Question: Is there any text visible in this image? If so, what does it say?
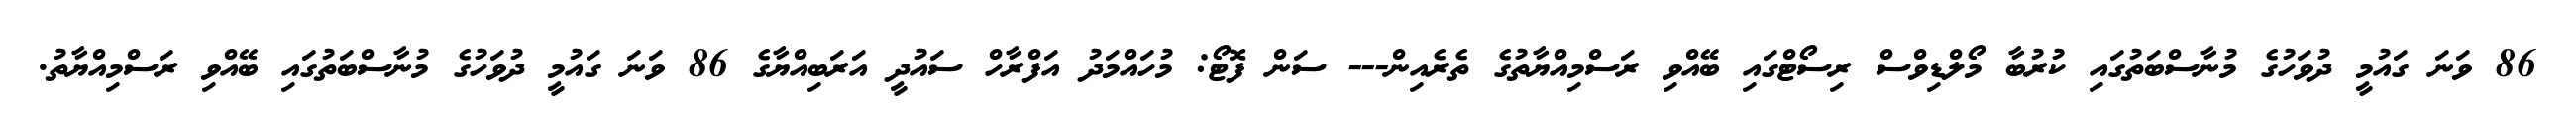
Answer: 86 ވަނަ ގައުމީ ދުވަހުގެ މުނާސްބަތުގައި ކުރުބާ މޯލްޑިވްސް ރިސޯޓްގައި ބޭއްވި ރަސްމިއްޔާތުގެ ތެރެއިން--- ސަން ފޮޓޯ: މުހައްމަދު އަފްރާހް ސައުދީ އަރަބިއްޔާގެ 86 ވަނަ ގައުމީ ދުވަހުގެ މުނާސްބަތުގައި ބޭއްވި ރަސްމިއްޔާތު.